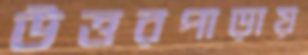
উত্তরপাড়ায়